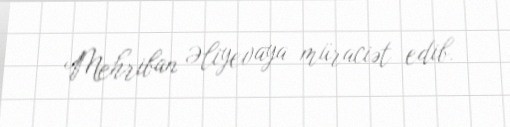
Mehriban Əliyevaya müraciət edib.